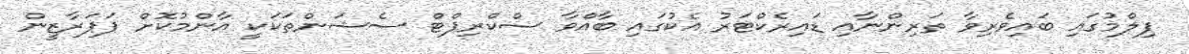
ފިލްމުގައި ބައިވެރިވާ ތަރިންނާއި ޑައިރެކްޓަރު އެކުގައި ބާއްވާ ސްކްރިޕްޓް ސެޝަންތަކަކީ އާންމުކޮށް ޕަޕަރާޒީން